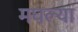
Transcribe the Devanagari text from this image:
मघल्या